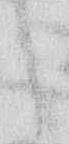
う